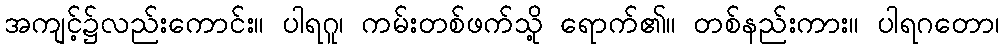
အကျင့်၌လည်းကောင်း။ ပါရဂူ၊ ကမ်းတစ်ဖက်သို့ ရောက်၏။ တစ်နည်းကား။ ပါရဂတော၊